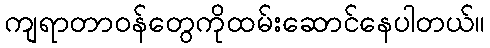
ကျရာတာဝန်တွေကိုထမ်းဆောင်နေပါတယ်။